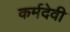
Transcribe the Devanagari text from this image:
कर्मदेवी